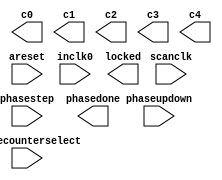
// megafunction wizard: %ALTPLL%VBB%
// GENERATION: STANDARD
// VERSION: WM1.0
// MODULE: altpll 

// ============================================================
// Megafunction Name(s):
// 			altpll
//
// Simulation Library Files(s):
// 			
// ============================================================
// ************************************************************
// THIS IS A WIZARD-GENERATED FILE. DO NOT EDIT THIS FILE!
//
// 10.0 Build 262 08/18/2010 SP 1 SJ Full Version
// ************************************************************

//Copyright (C) 1991-2010 Altera Corporation
//Your use of Altera Corporation's design tools, logic functions 
//and other software and tools, and its AMPP partner logic 
//functions, and any output files from any of the foregoing 
//(including device programming or simulation files), and any 
//associated documentation or information are expressly subject 
//to the terms and conditions of the Altera Program License 
//Subscription Agreement, Altera MegaCore Function License 
//Agreement, or other applicable license agreement, including, 
//without limitation, that your use is for the sole purpose of 
//programming logic devices manufactured by Altera and sold by 
//Altera or its authorized distributors.  Please refer to the 
//applicable agreement for further details.

module ram_phy_alt_mem_phy_pll (
	areset,
	inclk0,
	phasecounterselect,
	phasestep,
	phaseupdown,
	scanclk,
	c0,
	c1,
	c2,
	c3,
	c4,
	locked,
	phasedone);

	input	  areset;
	input	  inclk0;
	input	[2:0]  phasecounterselect;
	input	  phasestep;
	input	  phaseupdown;
	input	  scanclk;
	output	  c0;
	output	  c1;
	output	  c2;
	output	  c3;
	output	  c4;
	output	  locked;
	output	  phasedone;
`ifndef ALTERA_RESERVED_QIS
// synopsys translate_off
`endif
	tri0	  areset;
	tri0	[2:0]  phasecounterselect;
	tri0	  phasestep;
	tri0	  phaseupdown;
`ifndef ALTERA_RESERVED_QIS
// synopsys translate_on
`endif

endmodule

// ============================================================
// CNX file retrieval info
// ============================================================
// Retrieval info: PRIVATE: ACTIVECLK_CHECK STRING "0"
// Retrieval info: PRIVATE: BANDWIDTH STRING "1.000"
// Retrieval info: PRIVATE: BANDWIDTH_FEATURE_ENABLED STRING "1"
// Retrieval info: PRIVATE: BANDWIDTH_FREQ_UNIT STRING "MHz"
// Retrieval info: PRIVATE: BANDWIDTH_PRESET STRING "Low"
// Retrieval info: PRIVATE: BANDWIDTH_USE_AUTO STRING "1"
// Retrieval info: PRIVATE: BANDWIDTH_USE_PRESET STRING "0"
// Retrieval info: PRIVATE: CLKBAD_SWITCHOVER_CHECK STRING "0"
// Retrieval info: PRIVATE: CLKLOSS_CHECK STRING "0"
// Retrieval info: PRIVATE: CLKSWITCH_CHECK STRING "0"
// Retrieval info: PRIVATE: CNX_NO_COMPENSATE_RADIO STRING "0"
// Retrieval info: PRIVATE: CREATE_CLKBAD_CHECK STRING "0"
// Retrieval info: PRIVATE: CREATE_INCLK1_CHECK STRING "0"
// Retrieval info: PRIVATE: CUR_DEDICATED_CLK STRING "c1"
// Retrieval info: PRIVATE: CUR_FBIN_CLK STRING "e0"
// Retrieval info: PRIVATE: DEVICE_SPEED_GRADE STRING "8l"
// Retrieval info: PRIVATE: DIV_FACTOR0 NUMERIC "1"
// Retrieval info: PRIVATE: DIV_FACTOR1 NUMERIC "1"
// Retrieval info: PRIVATE: DIV_FACTOR2 NUMERIC "1"
// Retrieval info: PRIVATE: DIV_FACTOR3 NUMERIC "1"
// Retrieval info: PRIVATE: DIV_FACTOR4 NUMERIC "1"
// Retrieval info: PRIVATE: DUTY_CYCLE0 STRING "50.00000000"
// Retrieval info: PRIVATE: DUTY_CYCLE1 STRING "50.00000000"
// Retrieval info: PRIVATE: DUTY_CYCLE2 STRING "50.00000000"
// Retrieval info: PRIVATE: DUTY_CYCLE3 STRING "50.00000000"
// Retrieval info: PRIVATE: DUTY_CYCLE4 STRING "50.00000000"
// Retrieval info: PRIVATE: EFF_OUTPUT_FREQ_VALUE0 STRING "62.500000"
// Retrieval info: PRIVATE: EFF_OUTPUT_FREQ_VALUE1 STRING "125.000000"
// Retrieval info: PRIVATE: EFF_OUTPUT_FREQ_VALUE2 STRING "125.000000"
// Retrieval info: PRIVATE: EFF_OUTPUT_FREQ_VALUE3 STRING "125.000000"
// Retrieval info: PRIVATE: EFF_OUTPUT_FREQ_VALUE4 STRING "125.000000"
// Retrieval info: PRIVATE: EXPLICIT_SWITCHOVER_COUNTER STRING "0"
// Retrieval info: PRIVATE: EXT_FEEDBACK_RADIO STRING "0"
// Retrieval info: PRIVATE: GLOCKED_COUNTER_EDIT_CHANGED STRING "1"
// Retrieval info: PRIVATE: GLOCKED_FEATURE_ENABLED STRING "0"
// Retrieval info: PRIVATE: GLOCKED_MODE_CHECK STRING "0"
// Retrieval info: PRIVATE: GLOCK_COUNTER_EDIT NUMERIC "1048575"
// Retrieval info: PRIVATE: HAS_MANUAL_SWITCHOVER STRING "1"
// Retrieval info: PRIVATE: INCLK0_FREQ_EDIT STRING "125.000"
// Retrieval info: PRIVATE: INCLK0_FREQ_UNIT_COMBO STRING "MHz"
// Retrieval info: PRIVATE: INCLK1_FREQ_EDIT STRING "100.000"
// Retrieval info: PRIVATE: INCLK1_FREQ_EDIT_CHANGED STRING "1"
// Retrieval info: PRIVATE: INCLK1_FREQ_UNIT_CHANGED STRING "1"
// Retrieval info: PRIVATE: INCLK1_FREQ_UNIT_COMBO STRING "MHz"
// Retrieval info: PRIVATE: INTENDED_DEVICE_FAMILY STRING "Cyclone IV E"
// Retrieval info: PRIVATE: INT_FEEDBACK__MODE_RADIO STRING "1"
// Retrieval info: PRIVATE: LOCKED_OUTPUT_CHECK STRING "1"
// Retrieval info: PRIVATE: LONG_SCAN_RADIO STRING "1"
// Retrieval info: PRIVATE: LVDS_MODE_DATA_RATE STRING "Not Available"
// Retrieval info: PRIVATE: LVDS_MODE_DATA_RATE_DIRTY NUMERIC "0"
// Retrieval info: PRIVATE: LVDS_PHASE_SHIFT_UNIT0 STRING "deg"
// Retrieval info: PRIVATE: LVDS_PHASE_SHIFT_UNIT1 STRING "deg"
// Retrieval info: PRIVATE: LVDS_PHASE_SHIFT_UNIT2 STRING "deg"
// Retrieval info: PRIVATE: LVDS_PHASE_SHIFT_UNIT3 STRING "deg"
// Retrieval info: PRIVATE: LVDS_PHASE_SHIFT_UNIT4 STRING "deg"
// Retrieval info: PRIVATE: MANUAL_PHASE_SHIFT_STEP_EDIT STRING "100.00000000"
// Retrieval info: PRIVATE: MANUAL_PHASE_SHIFT_STEP_UNIT STRING "ps"
// Retrieval info: PRIVATE: MIG_DEVICE_SPEED_GRADE STRING "Any"
// Retrieval info: PRIVATE: MIRROR_CLK0 STRING "0"
// Retrieval info: PRIVATE: MIRROR_CLK1 STRING "0"
// Retrieval info: PRIVATE: MIRROR_CLK2 STRING "0"
// Retrieval info: PRIVATE: MIRROR_CLK3 STRING "0"
// Retrieval info: PRIVATE: MIRROR_CLK4 STRING "0"
// Retrieval info: PRIVATE: MULT_FACTOR0 NUMERIC "1"
// Retrieval info: PRIVATE: MULT_FACTOR1 NUMERIC "2"
// Retrieval info: PRIVATE: MULT_FACTOR2 NUMERIC "2"
// Retrieval info: PRIVATE: MULT_FACTOR3 NUMERIC "2"
// Retrieval info: PRIVATE: MULT_FACTOR4 NUMERIC "2"
// Retrieval info: PRIVATE: NORMAL_MODE_RADIO STRING "1"
// Retrieval info: PRIVATE: OUTPUT_FREQ0 STRING "62.50000000"
// Retrieval info: PRIVATE: OUTPUT_FREQ1 STRING "125.00000000"
// Retrieval info: PRIVATE: OUTPUT_FREQ2 STRING "125.00000000"
// Retrieval info: PRIVATE: OUTPUT_FREQ3 STRING "125.00000000"
// Retrieval info: PRIVATE: OUTPUT_FREQ4 STRING "125.00000000"
// Retrieval info: PRIVATE: OUTPUT_FREQ_MODE0 STRING "1"
// Retrieval info: PRIVATE: OUTPUT_FREQ_MODE1 STRING "1"
// Retrieval info: PRIVATE: OUTPUT_FREQ_MODE2 STRING "1"
// Retrieval info: PRIVATE: OUTPUT_FREQ_MODE3 STRING "1"
// Retrieval info: PRIVATE: OUTPUT_FREQ_MODE4 STRING "1"
// Retrieval info: PRIVATE: OUTPUT_FREQ_UNIT0 STRING "MHz"
// Retrieval info: PRIVATE: OUTPUT_FREQ_UNIT1 STRING "MHz"
// Retrieval info: PRIVATE: OUTPUT_FREQ_UNIT2 STRING "MHz"
// Retrieval info: PRIVATE: OUTPUT_FREQ_UNIT3 STRING "MHz"
// Retrieval info: PRIVATE: OUTPUT_FREQ_UNIT4 STRING "MHz"
// Retrieval info: PRIVATE: PHASE_RECONFIG_FEATURE_ENABLED STRING "1"
// Retrieval info: PRIVATE: PHASE_RECONFIG_INPUTS_CHECK STRING "1"
// Retrieval info: PRIVATE: PHASE_SHIFT0 STRING "0.00000000"
// Retrieval info: PRIVATE: PHASE_SHIFT1 STRING "0.00000000"
// Retrieval info: PRIVATE: PHASE_SHIFT2 STRING "-105.00000000"
// Retrieval info: PRIVATE: PHASE_SHIFT3 STRING "0.00000000"
// Retrieval info: PRIVATE: PHASE_SHIFT4 STRING "0.00000000"
// Retrieval info: PRIVATE: PHASE_SHIFT_STEP_ENABLED_CHECK STRING "1"
// Retrieval info: PRIVATE: PHASE_SHIFT_UNIT0 STRING "deg"
// Retrieval info: PRIVATE: PHASE_SHIFT_UNIT1 STRING "deg"
// Retrieval info: PRIVATE: PHASE_SHIFT_UNIT2 STRING "deg"
// Retrieval info: PRIVATE: PHASE_SHIFT_UNIT3 STRING "deg"
// Retrieval info: PRIVATE: PHASE_SHIFT_UNIT4 STRING "deg"
// Retrieval info: PRIVATE: PLL_ADVANCED_PARAM_CHECK STRING "0"
// Retrieval info: PRIVATE: PLL_ARESET_CHECK STRING "1"
// Retrieval info: PRIVATE: PLL_AUTOPLL_CHECK NUMERIC "1"
// Retrieval info: PRIVATE: PLL_ENHPLL_CHECK NUMERIC "0"
// Retrieval info: PRIVATE: PLL_FASTPLL_CHECK NUMERIC "0"
// Retrieval info: PRIVATE: PLL_FBMIMIC_CHECK STRING "0"
// Retrieval info: PRIVATE: PLL_LVDS_PLL_CHECK NUMERIC "0"
// Retrieval info: PRIVATE: PLL_PFDENA_CHECK STRING "0"
// Retrieval info: PRIVATE: PLL_TARGET_HARCOPY_CHECK NUMERIC "0"
// Retrieval info: PRIVATE: PRIMARY_CLK_COMBO STRING "inclk0"
// Retrieval info: PRIVATE: RECONFIG_FILE STRING "alt_mem_phy_pll.mif"
// Retrieval info: PRIVATE: SACN_INPUTS_CHECK STRING "0"
// Retrieval info: PRIVATE: SCAN_FEATURE_ENABLED STRING "1"
// Retrieval info: PRIVATE: SELF_RESET_LOCK_LOSS STRING "0"
// Retrieval info: PRIVATE: SHORT_SCAN_RADIO STRING "0"
// Retrieval info: PRIVATE: SPREAD_FEATURE_ENABLED STRING "0"
// Retrieval info: PRIVATE: SPREAD_FREQ STRING "50.000"
// Retrieval info: PRIVATE: SPREAD_FREQ_UNIT STRING "KHz"
// Retrieval info: PRIVATE: SPREAD_PERCENT STRING "0.500"
// Retrieval info: PRIVATE: SPREAD_USE STRING "0"
// Retrieval info: PRIVATE: SRC_SYNCH_COMP_RADIO STRING "0"
// Retrieval info: PRIVATE: STICKY_CLK0 STRING "1"
// Retrieval info: PRIVATE: STICKY_CLK1 STRING "1"
// Retrieval info: PRIVATE: STICKY_CLK2 STRING "1"
// Retrieval info: PRIVATE: STICKY_CLK3 STRING "1"
// Retrieval info: PRIVATE: STICKY_CLK4 STRING "1"
// Retrieval info: PRIVATE: SWITCHOVER_COUNT_EDIT NUMERIC "1"
// Retrieval info: PRIVATE: SWITCHOVER_FEATURE_ENABLED STRING "1"
// Retrieval info: PRIVATE: SYNTH_WRAPPER_GEN_POSTFIX STRING "0"
// Retrieval info: PRIVATE: USE_CLK0 STRING "1"
// Retrieval info: PRIVATE: USE_CLK1 STRING "1"
// Retrieval info: PRIVATE: USE_CLK2 STRING "1"
// Retrieval info: PRIVATE: USE_CLK3 STRING "1"
// Retrieval info: PRIVATE: USE_CLK4 STRING "1"
// Retrieval info: PRIVATE: USE_CLKENA0 STRING "0"
// Retrieval info: PRIVATE: USE_CLKENA1 STRING "0"
// Retrieval info: PRIVATE: USE_CLKENA2 STRING "0"
// Retrieval info: PRIVATE: USE_CLKENA3 STRING "0"
// Retrieval info: PRIVATE: USE_CLKENA4 STRING "0"
// Retrieval info: PRIVATE: USE_MIL_SPEED_GRADE NUMERIC "0"
// Retrieval info: PRIVATE: ZERO_DELAY_RADIO STRING "0"
// Retrieval info: LIBRARY: altera_mf altera_mf.altera_mf_components.all
// Retrieval info: CONSTANT: BANDWIDTH_TYPE STRING "AUTO"
// Retrieval info: CONSTANT: CLK0_DIVIDE_BY NUMERIC "2"
// Retrieval info: CONSTANT: CLK0_DUTY_CYCLE NUMERIC "50"
// Retrieval info: CONSTANT: CLK0_MULTIPLY_BY NUMERIC "1"
// Retrieval info: CONSTANT: CLK0_PHASE_SHIFT STRING "0"
// Retrieval info: CONSTANT: CLK1_DIVIDE_BY NUMERIC "1"
// Retrieval info: CONSTANT: CLK1_DUTY_CYCLE NUMERIC "50"
// Retrieval info: CONSTANT: CLK1_MULTIPLY_BY NUMERIC "1"
// Retrieval info: CONSTANT: CLK1_PHASE_SHIFT STRING "0"
// Retrieval info: CONSTANT: CLK2_DIVIDE_BY NUMERIC "1"
// Retrieval info: CONSTANT: CLK2_DUTY_CYCLE NUMERIC "50"
// Retrieval info: CONSTANT: CLK2_MULTIPLY_BY NUMERIC "1"
// Retrieval info: CONSTANT: CLK2_PHASE_SHIFT STRING "-2333"
// Retrieval info: CONSTANT: CLK3_DIVIDE_BY NUMERIC "1"
// Retrieval info: CONSTANT: CLK3_DUTY_CYCLE NUMERIC "50"
// Retrieval info: CONSTANT: CLK3_MULTIPLY_BY NUMERIC "1"
// Retrieval info: CONSTANT: CLK3_PHASE_SHIFT STRING "0"
// Retrieval info: CONSTANT: CLK4_DIVIDE_BY NUMERIC "1"
// Retrieval info: CONSTANT: CLK4_DUTY_CYCLE NUMERIC "50"
// Retrieval info: CONSTANT: CLK4_MULTIPLY_BY NUMERIC "1"
// Retrieval info: CONSTANT: CLK4_PHASE_SHIFT STRING "0"
// Retrieval info: CONSTANT: COMPENSATE_CLOCK STRING "CLK1"
// Retrieval info: CONSTANT: INCLK0_INPUT_FREQUENCY NUMERIC "8000"
// Retrieval info: CONSTANT: INTENDED_DEVICE_FAMILY STRING "Cyclone IV E"
// Retrieval info: CONSTANT: LPM_TYPE STRING "altpll"
// Retrieval info: CONSTANT: OPERATION_MODE STRING "NORMAL"
// Retrieval info: CONSTANT: PLL_TYPE STRING "AUTO"
// Retrieval info: CONSTANT: PORT_ACTIVECLOCK STRING "PORT_UNUSED"
// Retrieval info: CONSTANT: PORT_ARESET STRING "PORT_USED"
// Retrieval info: CONSTANT: PORT_CLKBAD0 STRING "PORT_UNUSED"
// Retrieval info: CONSTANT: PORT_CLKBAD1 STRING "PORT_UNUSED"
// Retrieval info: CONSTANT: PORT_CLKLOSS STRING "PORT_UNUSED"
// Retrieval info: CONSTANT: PORT_CLKSWITCH STRING "PORT_UNUSED"
// Retrieval info: CONSTANT: PORT_CONFIGUPDATE STRING "PORT_UNUSED"
// Retrieval info: CONSTANT: PORT_FBIN STRING "PORT_UNUSED"
// Retrieval info: CONSTANT: PORT_INCLK0 STRING "PORT_USED"
// Retrieval info: CONSTANT: PORT_INCLK1 STRING "PORT_UNUSED"
// Retrieval info: CONSTANT: PORT_LOCKED STRING "PORT_USED"
// Retrieval info: CONSTANT: PORT_PFDENA STRING "PORT_UNUSED"
// Retrieval info: CONSTANT: PORT_PHASECOUNTERSELECT STRING "PORT_USED"
// Retrieval info: CONSTANT: PORT_PHASEDONE STRING "PORT_USED"
// Retrieval info: CONSTANT: PORT_PHASESTEP STRING "PORT_USED"
// Retrieval info: CONSTANT: PORT_PHASEUPDOWN STRING "PORT_USED"
// Retrieval info: CONSTANT: PORT_PLLENA STRING "PORT_UNUSED"
// Retrieval info: CONSTANT: PORT_SCANACLR STRING "PORT_UNUSED"
// Retrieval info: CONSTANT: PORT_SCANCLK STRING "PORT_USED"
// Retrieval info: CONSTANT: PORT_SCANCLKENA STRING "PORT_UNUSED"
// Retrieval info: CONSTANT: PORT_SCANDATA STRING "PORT_UNUSED"
// Retrieval info: CONSTANT: PORT_SCANDATAOUT STRING "PORT_UNUSED"
// Retrieval info: CONSTANT: PORT_SCANDONE STRING "PORT_UNUSED"
// Retrieval info: CONSTANT: PORT_SCANREAD STRING "PORT_UNUSED"
// Retrieval info: CONSTANT: PORT_SCANWRITE STRING "PORT_UNUSED"
// Retrieval info: CONSTANT: PORT_clk0 STRING "PORT_USED"
// Retrieval info: CONSTANT: PORT_clk1 STRING "PORT_USED"
// Retrieval info: CONSTANT: PORT_clk2 STRING "PORT_USED"
// Retrieval info: CONSTANT: PORT_clk3 STRING "PORT_USED"
// Retrieval info: CONSTANT: PORT_clk4 STRING "PORT_USED"
// Retrieval info: CONSTANT: PORT_clk5 STRING "PORT_UNUSED"
// Retrieval info: CONSTANT: PORT_clkena0 STRING "PORT_UNUSED"
// Retrieval info: CONSTANT: PORT_clkena1 STRING "PORT_UNUSED"
// Retrieval info: CONSTANT: PORT_clkena2 STRING "PORT_UNUSED"
// Retrieval info: CONSTANT: PORT_clkena3 STRING "PORT_UNUSED"
// Retrieval info: CONSTANT: PORT_clkena4 STRING "PORT_UNUSED"
// Retrieval info: CONSTANT: PORT_clkena5 STRING "PORT_UNUSED"
// Retrieval info: CONSTANT: PORT_extclk0 STRING "PORT_UNUSED"
// Retrieval info: CONSTANT: PORT_extclk1 STRING "PORT_UNUSED"
// Retrieval info: CONSTANT: PORT_extclk2 STRING "PORT_UNUSED"
// Retrieval info: CONSTANT: PORT_extclk3 STRING "PORT_UNUSED"
// Retrieval info: CONSTANT: SELF_RESET_ON_LOSS_LOCK STRING "OFF"
// Retrieval info: CONSTANT: VCO_FREQUENCY_CONTROL STRING "MANUAL_PHASE"
// Retrieval info: CONSTANT: VCO_PHASE_SHIFT_STEP NUMERIC "100"
// Retrieval info: CONSTANT: WIDTH_CLOCK NUMERIC "5"
// Retrieval info: CONSTANT: WIDTH_PHASECOUNTERSELECT NUMERIC "3"
// Retrieval info: USED_PORT: @clk 0 0 5 0 OUTPUT_CLK_EXT VCC "@clk[4..0]"
// Retrieval info: USED_PORT: areset 0 0 0 0 INPUT GND "areset"
// Retrieval info: USED_PORT: c0 0 0 0 0 OUTPUT_CLK_EXT VCC "c0"
// Retrieval info: USED_PORT: c1 0 0 0 0 OUTPUT_CLK_EXT VCC "c1"
// Retrieval info: USED_PORT: c2 0 0 0 0 OUTPUT_CLK_EXT VCC "c2"
// Retrieval info: USED_PORT: c3 0 0 0 0 OUTPUT_CLK_EXT VCC "c3"
// Retrieval info: USED_PORT: c4 0 0 0 0 OUTPUT_CLK_EXT VCC "c4"
// Retrieval info: USED_PORT: inclk0 0 0 0 0 INPUT_CLK_EXT GND "inclk0"
// Retrieval info: USED_PORT: locked 0 0 0 0 OUTPUT GND "locked"
// Retrieval info: USED_PORT: phasecounterselect 0 0 3 0 INPUT GND "phasecounterselect[2..0]"
// Retrieval info: USED_PORT: phasedone 0 0 0 0 OUTPUT GND "phasedone"
// Retrieval info: USED_PORT: phasestep 0 0 0 0 INPUT GND "phasestep"
// Retrieval info: USED_PORT: phaseupdown 0 0 0 0 INPUT GND "phaseupdown"
// Retrieval info: USED_PORT: scanclk 0 0 0 0 INPUT_CLK_EXT VCC "scanclk"
// Retrieval info: CONNECT: @areset 0 0 0 0 areset 0 0 0 0
// Retrieval info: CONNECT: @inclk 0 0 1 1 GND 0 0 0 0
// Retrieval info: CONNECT: @inclk 0 0 1 0 inclk0 0 0 0 0
// Retrieval info: CONNECT: @phasecounterselect 0 0 3 0 phasecounterselect 0 0 3 0
// Retrieval info: CONNECT: @phasestep 0 0 0 0 phasestep 0 0 0 0
// Retrieval info: CONNECT: @phaseupdown 0 0 0 0 phaseupdown 0 0 0 0
// Retrieval info: CONNECT: @scanclk 0 0 0 0 scanclk 0 0 0 0
// Retrieval info: CONNECT: c0 0 0 0 0 @clk 0 0 1 0
// Retrieval info: CONNECT: c1 0 0 0 0 @clk 0 0 1 1
// Retrieval info: CONNECT: c2 0 0 0 0 @clk 0 0 1 2
// Retrieval info: CONNECT: c3 0 0 0 0 @clk 0 0 1 3
// Retrieval info: CONNECT: c4 0 0 0 0 @clk 0 0 1 4
// Retrieval info: CONNECT: locked 0 0 0 0 @locked 0 0 0 0
// Retrieval info: CONNECT: phasedone 0 0 0 0 @phasedone 0 0 0 0
// Retrieval info: GEN_FILE: TYPE_NORMAL ram_phy_alt_mem_phy_pll.v TRUE
// Retrieval info: GEN_FILE: TYPE_NORMAL ram_phy_alt_mem_phy_pll.inc FALSE
// Retrieval info: GEN_FILE: TYPE_NORMAL ram_phy_alt_mem_phy_pll.cmp FALSE
// Retrieval info: GEN_FILE: TYPE_NORMAL ram_phy_alt_mem_phy_pll.bsf FALSE
// Retrieval info: GEN_FILE: TYPE_NORMAL ram_phy_alt_mem_phy_pll_inst.v FALSE
// Retrieval info: GEN_FILE: TYPE_NORMAL ram_phy_alt_mem_phy_pll_bb.v TRUE